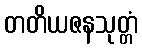
တတိယဇနသုတ္တံ